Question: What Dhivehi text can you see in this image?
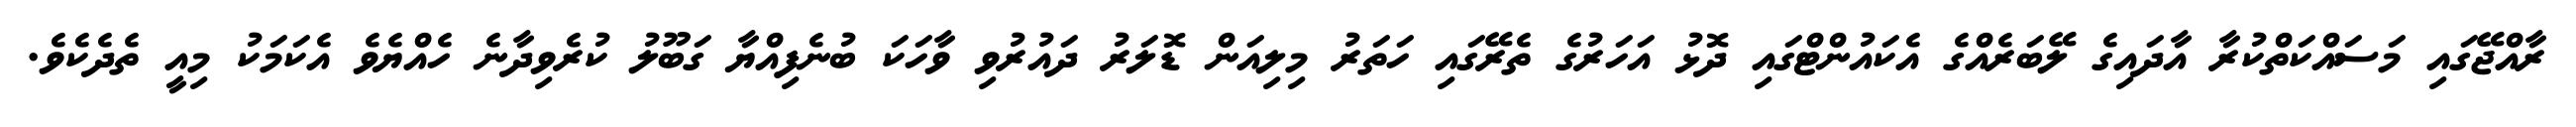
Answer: ރާއްޖޭގައި މަސައްކަތްކުރާ އާދައިގެ ލޭބަރެއްގެ އެކައުންޓްގައި ދޮޅު އަހަރުގެ ތެރޭގައި ހަތަރު މިލިއަން ޑޮލަރު ދައުރުވި ވާހަކަ ބުނެފިއްޔާ ގަބޫލު ކުރެވިދާނެ ހެއްޔެވެ އެކަމަކު މިއީ ތެދެކެވެ.